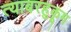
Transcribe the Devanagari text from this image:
त्याबरहुकूम